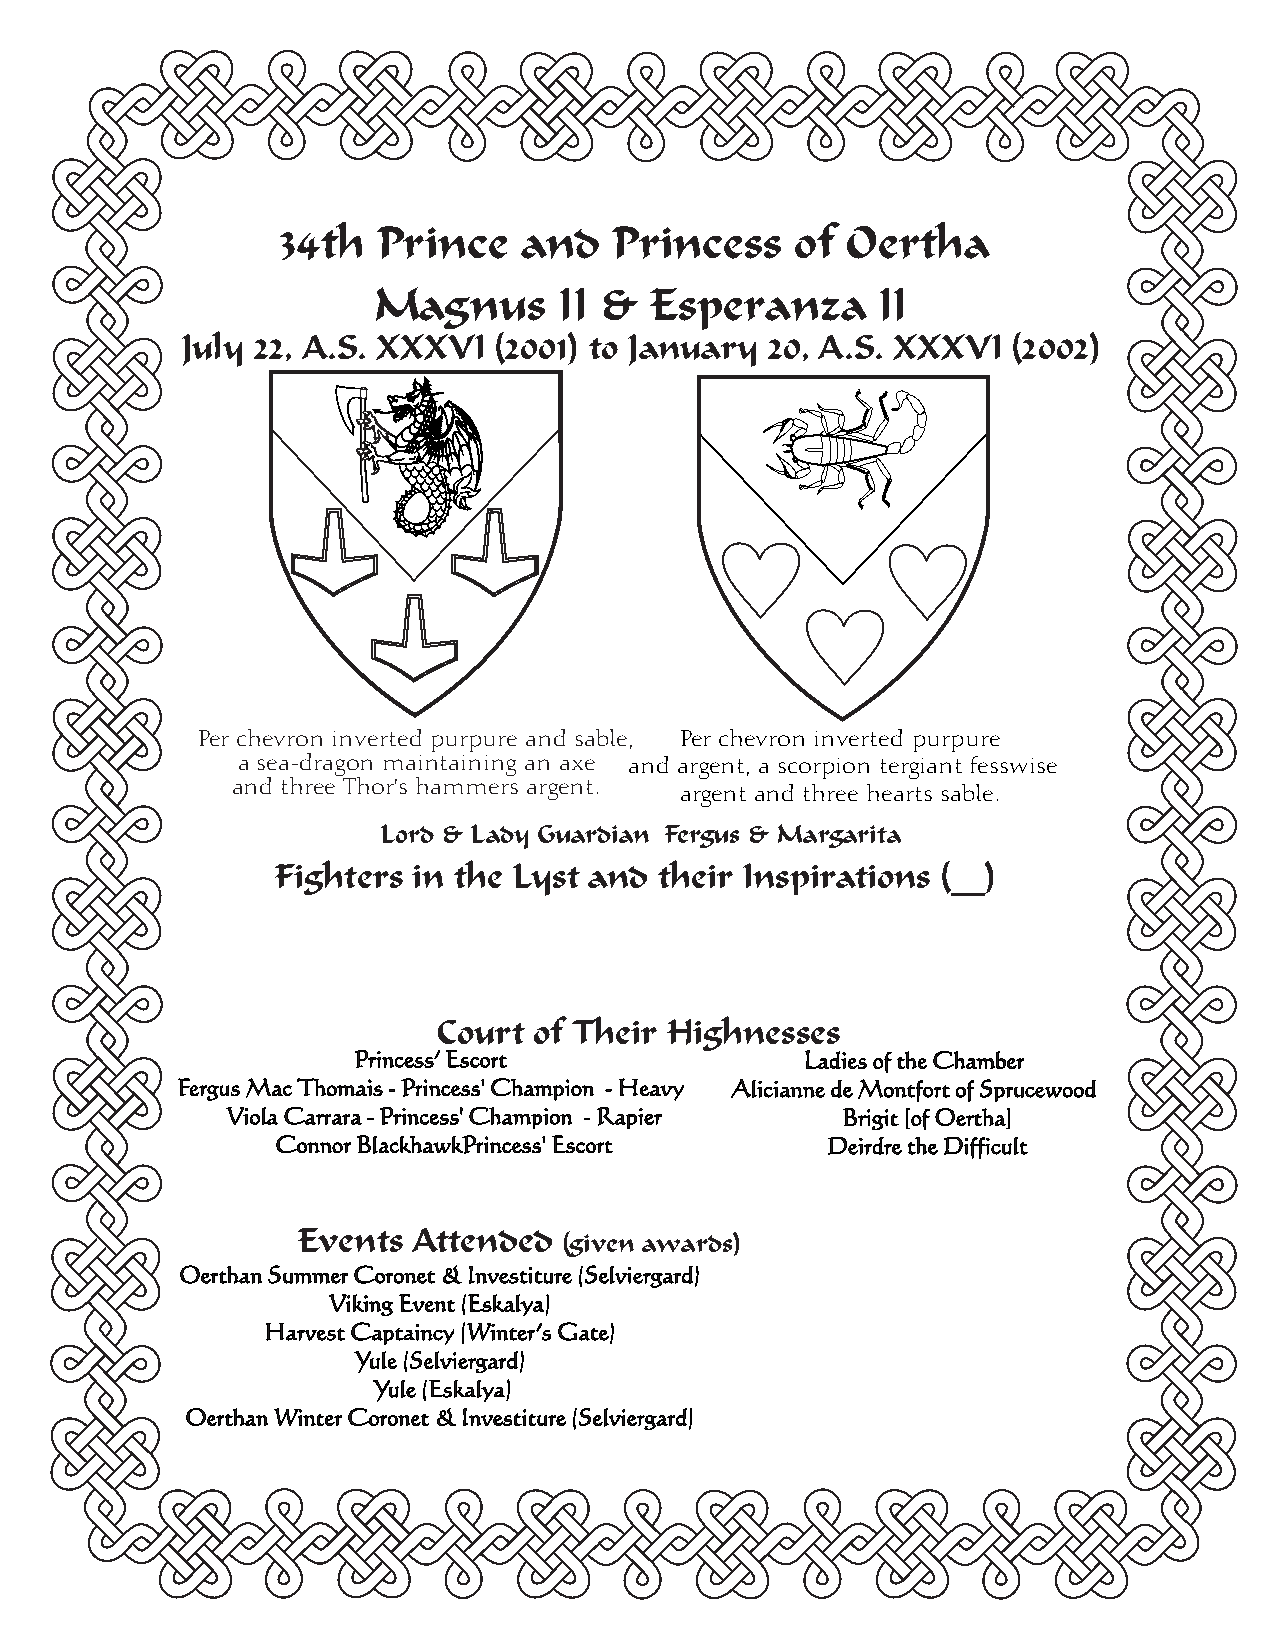
34th  Prince   and    Princess    of Oertha
 Magnus      II &  Esperanza      II
 July 22, A.S. XXXVI  (2001) to January 20, A.S. XXXVI  (2002)
 Per chevron inverted purpure and sable, Per chevron inverted purpure
 a sea-dragon maintaining an axe and argent, a scorpion tergiant fesswise
 and three Thor's hammers argent.
 argent and three hearts sable.
 Lord & Lady Guardian Fergus & Margarita
 Fighters in the Lyst and  their Inspirations (__)
 Court of Their Highnesses
 Princess’ Escort              Ladies of the Chamber
 Fergus Mac Thomais - Princess' Champion - Heavy Alicianne de Montfort of Sprucewood
 Viola Carrara - Princess' Champion - Rapier Brigit [of Oertha]
 Connor BlackhawkPrincess' Escort     Deirdre the Difficult
 Events Attended
 (given awards)
 Oerthan Summer Coronet & Investiture (Selviergard)
 Viking Event (Eskalya)
 Harvest Captaincy (Winter’s Gate)
 Yule (Selviergard)
 Yule (Eskalya)
 Oerthan Winter Coronet & Investiture (Selviergard)